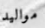
مواليد